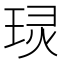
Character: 㻏